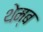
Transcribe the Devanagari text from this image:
थेम्ब